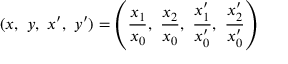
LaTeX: ( x , \ y , \ x ^ { \prime } , \ y ^ { \prime } ) = \left( { \frac { x _ { 1 } } { x _ { 0 } } } , \ { \frac { x _ { 2 } } { x _ { 0 } } } , \ { \frac { x _ { 1 } ^ { \prime } } { x _ { 0 } ^ { \prime } } } , \ { \frac { x _ { 2 } ^ { \prime } } { x _ { 0 } ^ { \prime } } } \right)